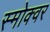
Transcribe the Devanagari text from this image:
स्मोक्वर